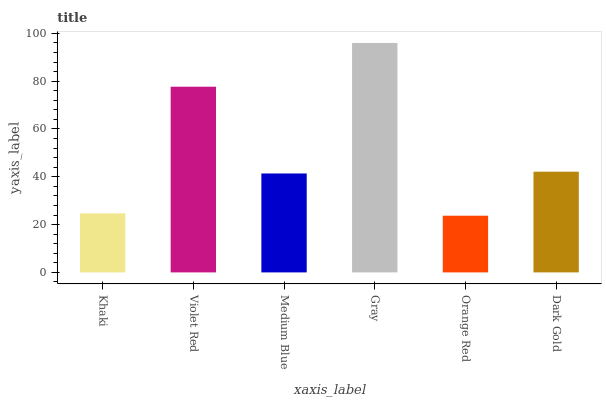
| xaxis_label | bars |
 | --- | --- |
 | Khaki | 24.7 |
 | Violet Red | 77.7 |
 | Medium Blue | 41.4 |
 | Gray | 96 |
 | Orange Red | 23.7 |
 | Dark Gold | 42.1 |